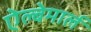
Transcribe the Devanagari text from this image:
ऐल्बेमार्ल